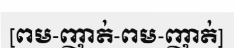
[ពម-ញាត់-ពម-ញាត់]